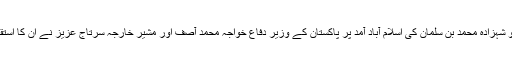
اتوار کو شہزادہ محمد بن سلمان کی اسلام آباد آمد پر پاکستان کے وزیر دفاع خواجہ محمد آصف اور مشیر خارجہ سرتاج عزیز نے ان کا استقبال کیا۔